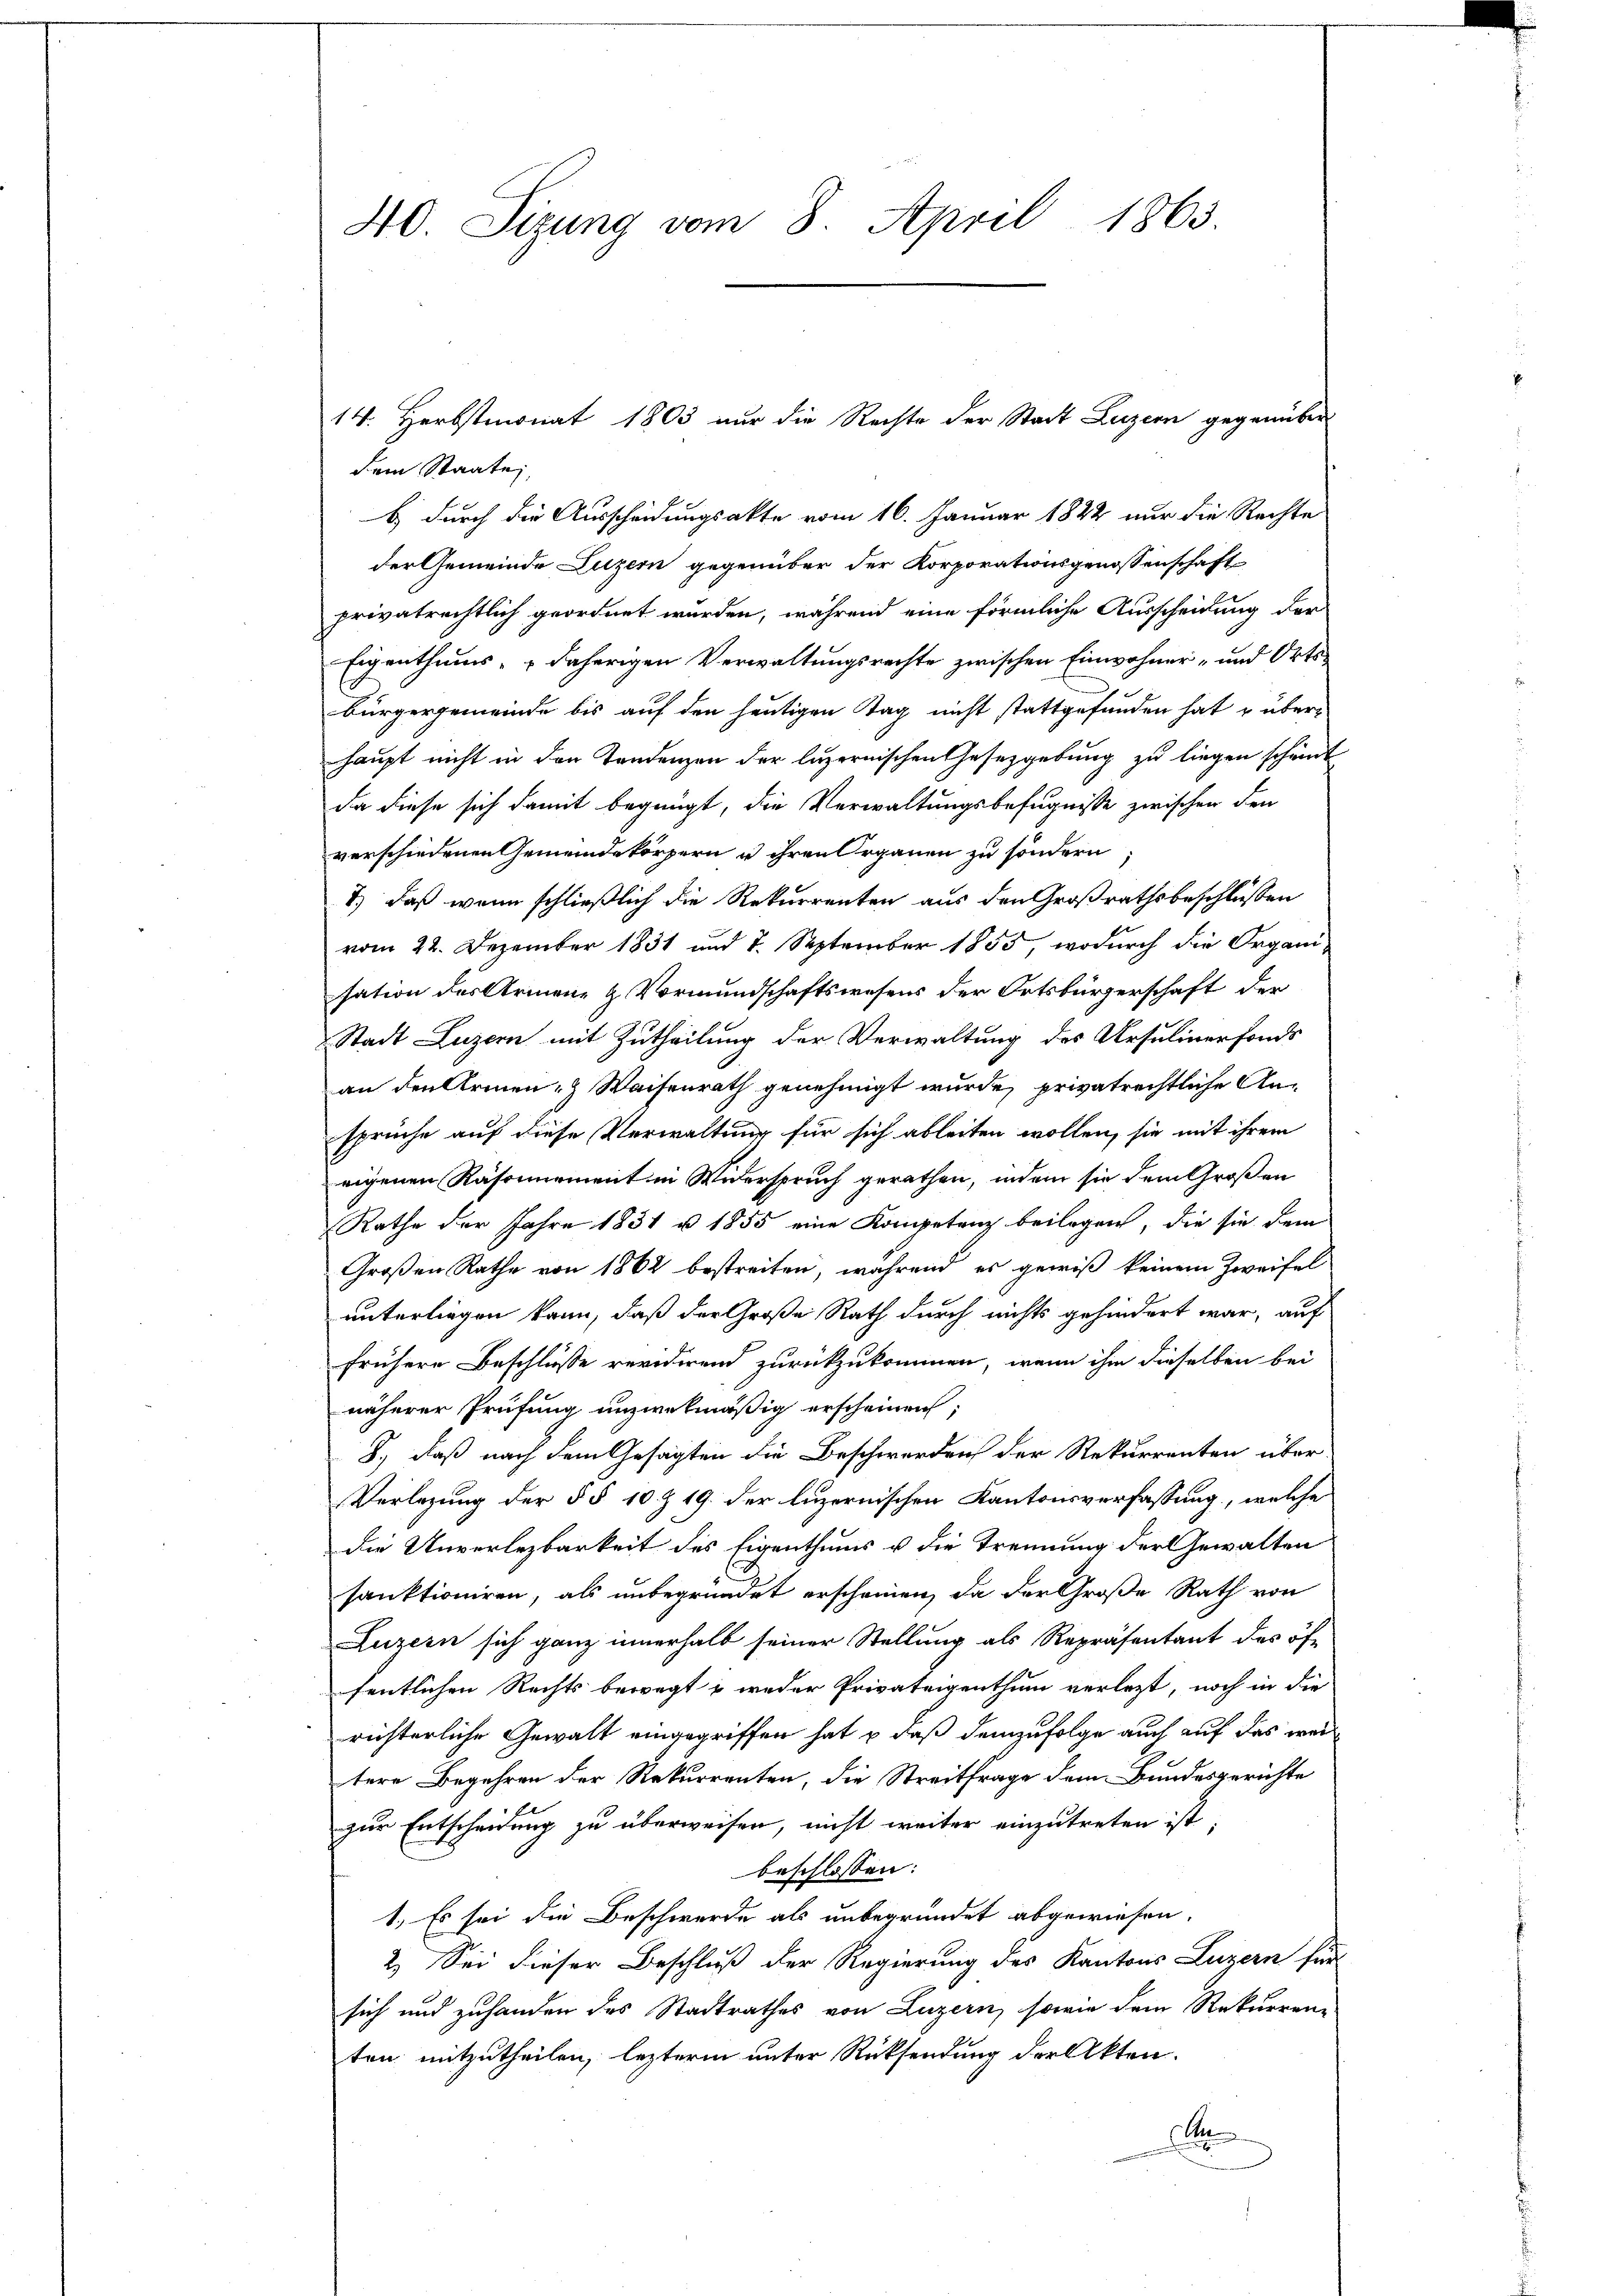
40 Sizung vom 8. April 1863.

dem Staaten,
b durch die Ausscheidungsakte vom 16. Januar 1822 nur die Rechte
der Gemeinde Luzern gegenüber der Korporationsgenossenschaft
privatrechtlich geordnet wurden, während eine förmliche Ausscheidung der
Eigenthums- daherigen Verwaltungsrechte zwischen Einwohner- und Orts-
bürgergemeinde bis auf den heutigen Tag nicht stattgefunden hat u überhaupt nicht in den Tendenzen der luzernischen Gesetzgebung zu liegen scheint
da diese sich damit begnügt, die Verwaltungsbefugnisse zwischen den
verschiedenen Gemeindekörpern u ihren Organen zu sondern
1.) Daß wenn schließlich die Rekurrenten aus den Großrathsbeschlüssen
vom 22. Dezember 1831 und 7. September 1855, wodurch die Organisation des Armen- & Vormundschaftswesens der Ortsbürgerschaft der
Stadt Luzern mit Zutheilung der Verwaltung des Ursuliner fonds
an den Armen- & Waisenrath genehmigt wurde, privatrechtliche Ansprüche auf diese Verwaltung für sich ableiten wollen, sie mit ihrem
eigenen Räsonnement in Widerspruch gerathen, indem sie dem Großen
Rathe der Jahre 1831 u 1855 eine Kompetenz beilagen, die sie dem
Großen Rathe von 1862 bestreiten, während es gewiß keinem Zweifel
unterliegen kann, daß der Große Rath durch nichts gehindert war, auf
frühere Beschlüsse revidirend zurückzukommen, wenn ihm dieselben bei
näherer Prüfung unzwekmäßig erscheinen;
8.) daß nach dem Gesagten die Beschwerden der Rekurrenten über
Verlegung der § § 10 Z 19. der luzernischen Kantonsverfassung, welche
die Unverlezbarkeit des Eigenthums u die Trennung der Gewalten
sanktioniren, als unbegründet erscheinen, da der Große Rath von
Luzern sich ganz innerhalb seiner Stellung als Repräsentant des öf-
fentlichen Rechts bewegt u weder Privateigenthum verletzt, noch in die
richterliche Gewalt eingegriffen hat, u daß demzufolge auch auf das wei
tere Begehren der Rekurrenten, die Streitfrage dem Bundesgerichte
zur Entscheidung zu überweisen, nicht weiter einzutreten ist
beschlossen:
1. Es sei die Beschwerde als unbegründet abgewiesen.
2.) Sei dieser Beschluß der Regierung des Kantons Luzern für
sich und zuhanden des Stadtrathes von Luzern, sowie dem Rekurrenz
ten mitzutheilen, lezterm unter Rücksendung der Akten.
e

14. Herbstmonat 1803 nur die Rechte der Stadt Luzern gegenüber